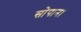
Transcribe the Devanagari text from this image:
सोपान।